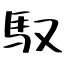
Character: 馭